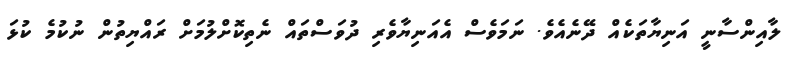
ލާއިންސާނީ އަނިޔާތަކެއް ދޭނެއެވެ. ނަމަވެސް އެއަނިޔާވެރި ދުވަސްތައް ނެތިކޮށްލުމަށް ރައްޔިތުން ނުކުމެ ކުޅަ